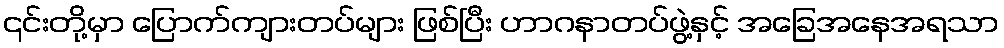
၎င်းတို့မှာ ပြောက်ကျားတပ်များ ဖြစ်ပြီး ဟာဂနာတပ်ဖွဲ့နှင့် အခြေအနေအရသာ